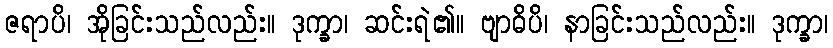
ဇရာပိ၊ အိုခြင်းသည်လည်း။ ဒုက္ခာ၊ ဆင်းရဲ၏။ ဗျာဓိပိ၊ နာခြင်းသည်လည်း။ ဒုက္ခာ၊